Medical and sanitary report of the native army of Bengal for the year
Year: 1876
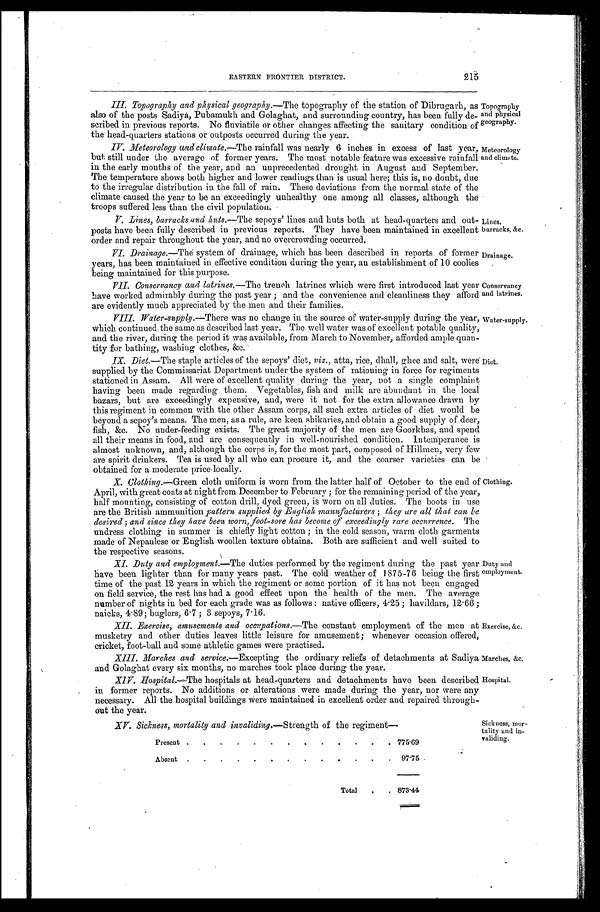
Topography
and physical
geography.
Meteorology
and climate.
Lines,
barracks, &c.
Drainage.
Conservancy
and latrines.
Water-supply.
Marches, &c.
Hospital.
215
EASTERN FRONTIER DISTRICT.
III. Topography and physical topography.— The topography of the station of Dibrugath, as
also of the posts Sadiya, Pubamukh and Golaghat, and surrounding country, has been fully de-
scribed in previous reports. No fluviatile or other changes affecting the sanitary condition of
the head-quarters stations or outposts occurred during the year.
IV. Meteorology and climate.— The rainfall was nearly 6 inches in excess of last year,
but still under the average of former years. The most notable feature was excessive rainfall
in the early months of the year, and an unprecedented drought in August and September.
The temperature shows both higher and lower readings than is usual here; this is, no doubt, due
to the irregular distribution in the fall of rain. These deviations from the normal state of the
climate caused the year to be an exceedingly unhealthy one among all classes, although the
troops suffered less than the civil population.
V.
Lines, barracks and huts.— The sepoys' lines and huts both at head-quartets and out
- p o s t s h a v e b e e n f u l l y d e s c r i b e d i n p r e v i o u s r e p o r t s . T h e y h a v e b e e n m a i n t a i n e d i n e x c e l l e n t
order and repair throughout the year, and no overcrowding occurr
e d .
VI Drainage.—The system of drainage, which has been described in reports of former
years, has been maintained in effective condition during the year; an establishment of 10 coolies
being maintained for this purpose.
VII. Conservancy and latrines:—The trench latrines which were first introduced last year
have worked admirably during the past year; and the convenience and cleanliness they afford
are evidently much appreciated by the men and their families.
VIII.
Water-supply.- There was no change in the source of water-supply dating the year,
Which continued the same as described last year. The well water was of excellent potable quality,
and the river, during the period it was available, from March to November, afforded ample quan-
- t i t y
f o r
b a t h i n g , W a s h i n g c l o t h e s , & c .
IX. Diet.—The staple articles of the sepoys' diet, viz., atta, rice, dhall, ghee and salt, were
supplied by the Commissariat Department under the system of rationing in force for regiments
stationed in Assam. All were of excellent quality during the year, not a single complaint
having been made regarding them. Vegetables, fish and Milk are abundant in the local
bazars, but are exceedingly expensive, and, Were it not for the extra allowance drawn by
this regiment in common with the other Assam corps, all such extra articles of diet would be
beyond a sepoy's means. The men, as a rule, are keen shikaries, and obtain a good supply of deer,
fish, &c. No under-feeding exists. The great majority of the men are Goorkhas, and spend
all their means in food, and are consequently in well-nourished condition. Intemperance is
almost unknown, and, although the corps is, for the most part, composed of Hillmen, very few
are spirit drinkers. Tea is used by all who can procure it, and the coarser varieties can be
Obtained for a moderate price locally.
X. Clothing.- Green cloth uniform is worn from the latter half of October to the end of
April, with great coats at night from December to February; for the remaining period of the year;
half mounting, consisting of cotton drill, dyed green, is worn on all duties. The boots in use
are the British ammunition pattern supplied by English manufacturers; they are all that can be
desired; and since they have been worn, foot-sore has become of exceedingly rare occurrence. The
undress clothing in summer is chiefly light cotton; in the cold season, warm cloth garments
made of Nepaulese or English woollen texture obtains. Both are sufficient and well suited to
the respective seasons.
XI. Duty and employment.— The duties performed by the regiment during the past year
have been lighter than for many years past. The cold weather of 1875-76 being the first
time of the past 12 years in which the regiment or some portion of it has not been engaged
on field service, the rest has had a good effect upon the health of the men. The average
number of nights in bed for each grade was as follows: native officers, 4.25; havildars, 12.66;
naicks, 4.89; buglers, 6.7; 3 sepoys, 7.16.
XII. Exercise, amusements and occupations.— The constant employment of the men at
musketry and other duties leaves little leisure for amusement; whenever occasion offered,
cricket, foot-ball and some athletic games were practised.
XIII. Marches and service.—Excepting the ordinary reliefs of detachments at Sadiya
and Golaghat every six months, no marches took place during the year.
XIV. Hospital.- The hospitals at head-quarters and detachments have been described
in former reports. No additions or alterations Were made during the year, nor were any
necessary. All the hospital buildings Were maintained in excellent order and repaired through
- o u t t h e
y e a r .
Diet.
Clothing.
Duty and
employment.
Exercise, &c.
XV. Sickness, mortality and invaliding.—Strength of the regiment -
Present
775.69
Absent
97.75
Total
873.44
Sickness, mor-
tality and in-
validing.